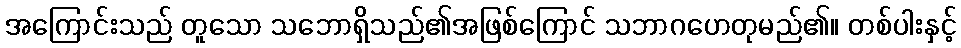
အကြောင်းသည် တူသော သဘောရှိသည်၏အဖြစ်ကြောင် သဘာဂဟေတုမည်၏။ တစ်ပါးနှင့်